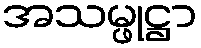
အသမ္ဖုဋ္ဌာ